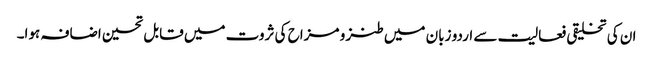
ان کی تخلیقی فعالیت سے اردو زبان میں طنز و مزاح کی ثروت میں قابل تحسین اضافہ ہوا۔